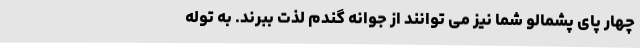
چهار پای پشمالو شما نیز می توانند از جوانه گندم لذت ببرند. به توله